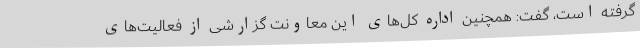
گرفته است، گفت: همچنین اداره کل‌های این معاونت گزارشی از فعالیت‌های